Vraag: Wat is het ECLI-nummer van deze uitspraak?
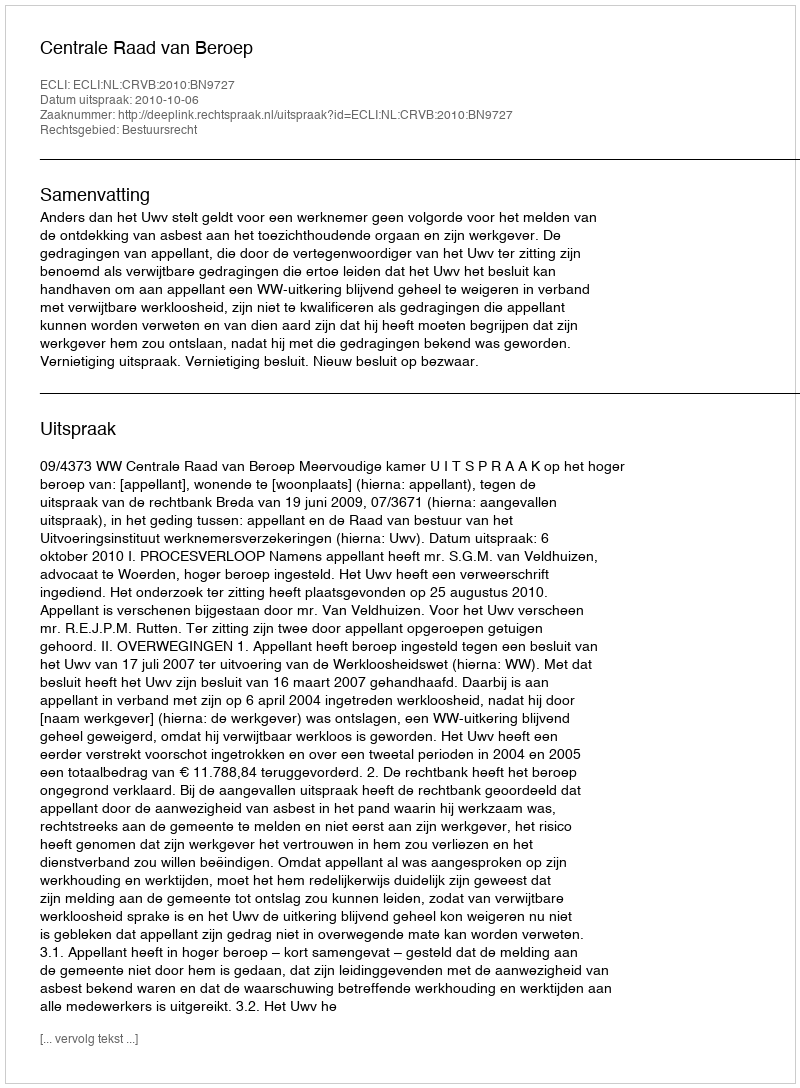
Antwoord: ECLI:NL:CRVB:2010:BN9727